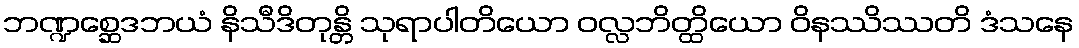
ဘဏ္ဍစ္ဆေဒဘယံ နိသီဒိတုန္တိ သုရာပါတိယော ဝလ္လဘိတ္ထိယော ဝိနဿိဿတိ ဒံသနေ